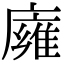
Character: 𢋊